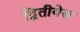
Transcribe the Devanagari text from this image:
द्वितीयेस